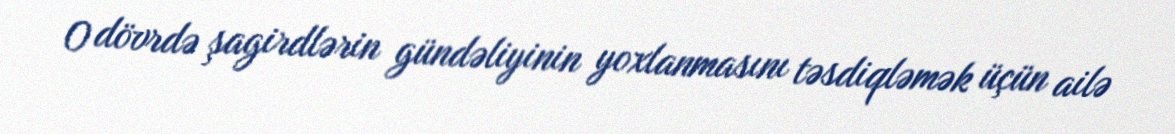
O dövrdə şagirdlərin gündəliyinin yoxlanmasını təsdiqləmək üçün ailə